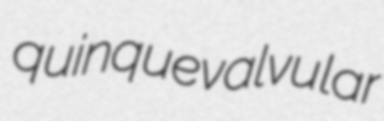
quinquevalvular